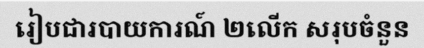
រៀបជារបាយការណ៍ ២លើក សរុបចំនួន